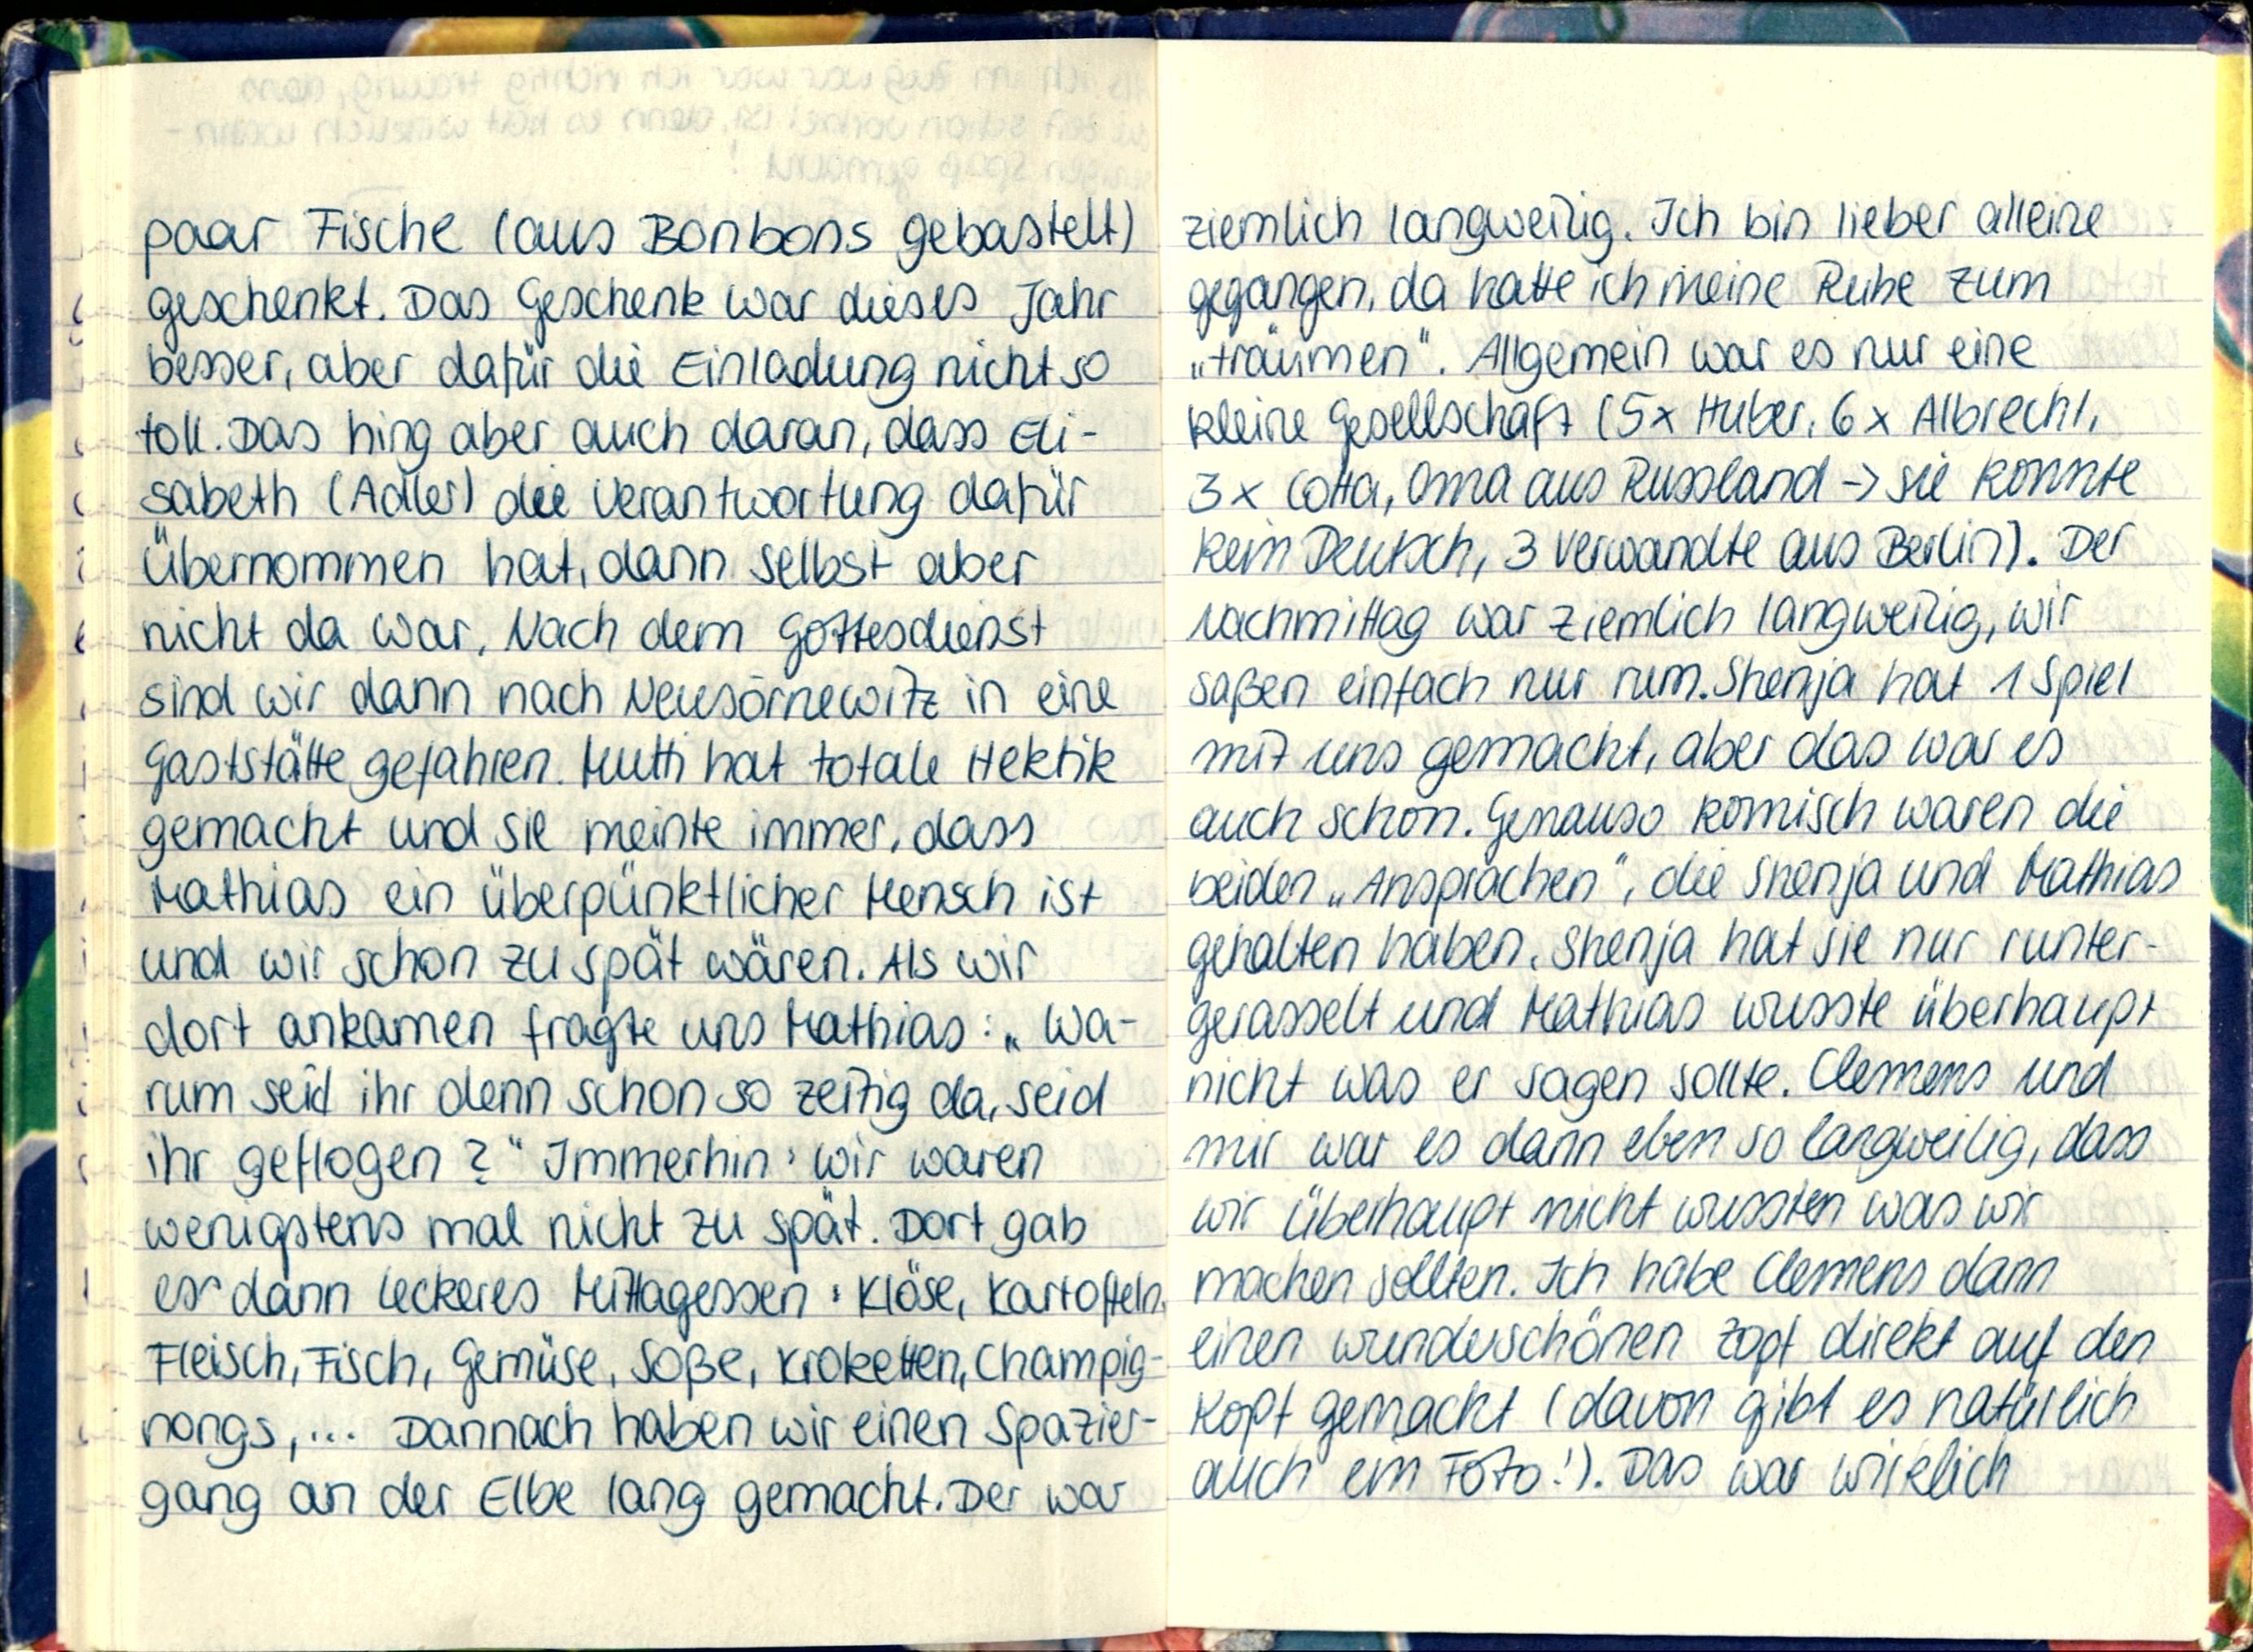
paar Fische (aus Bonbons gebastelt)
geschenkt. Das Geschenk war dieses Jahr
besser, aber dafür die Einladung nicht so
toll. Das hing aber auch daran, dass Eli-
sabeth (Adler) die Verantwortung dafür
übernommen hat, dann selbst aber
nicht da war. Nach dem Gottesdienst
sind wir dann nach Neusörnewitz in eine
Gaststätte gefahren. Mutti hat totale Hektik
gemacht und sie meinte immer, dass
Mathias ein überpünktlicher Mensch ist
und wir schon zu spät wären. Als wir
dort ankamen fragte uns Mathias: „Wa-
rum seid ihr denn schon so zeitig da, seid
ihr geflogen?" Immerhin: wir waren
wenigstens mal nicht zu spät. Dort gab
es dann leckeres Mittagessen: Klöse, Kartoffeln
Fleisch, Fisch, Gemüse, Soße, Kroketten, Champig-
nongs,... Dannach haben wir einen Spazier-
gang an der Elbe lang gemacht. Der war

ziemlich langweilig. Ich bin lieber alleine
gegangen, da hatte ich meine Ruhe zum
„träumen". Allgemein war es nur eine
kleine Gesellschaft (5x Huber, 6x Albrecht,
3x Cota, Oma aus Russland -> sie konnte
kein Deutsch, 3 Verwandte aus Berlin). Der
Nachmittag war ziemlich langweilig, wir
saßen einfach nur rum Shenja hat 1 Spiel
mit uns gemacht, aber das war es
auch schon. Genauso komisch waren die
beiden „Ansprachen", die Shenja und Mathias
gehalten haben. Shenja hat sie nur runter-
gerasselt und Mathias wusste überhaupt
nicht was er sagen sollte. Clemens und
mir war es dann eben so langweilig, dass
wir überhaupt nicht wussten was wir
machen sollten. Ich habe Clemens dann
einen wunderschönen Zopf direkt auf den
Kopf gemacht (davon gibt es natürlich
auch ein Foto!). Das war wirklich